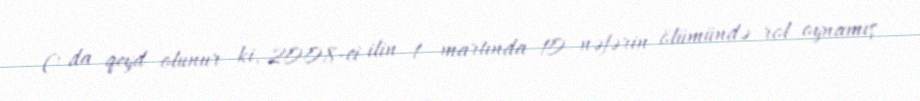
O da qeyd olunur ki, 2008-ci ilin 1 martında 10 nəfərin ölümündə rol oynamış